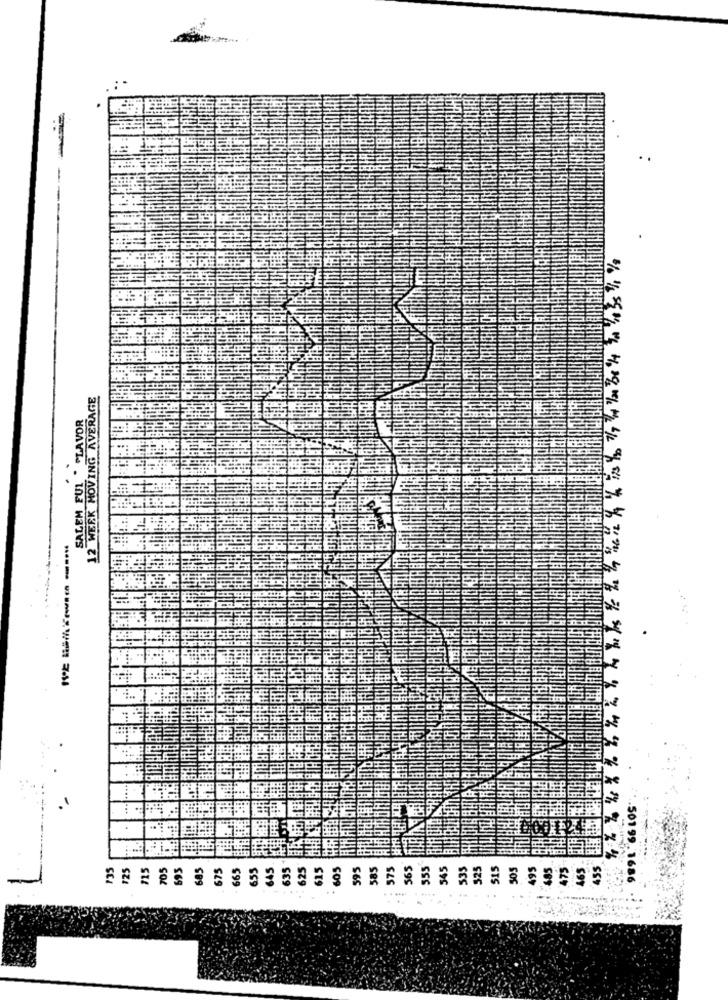
12 WEEK MOVING AVERAGE
SALEM FUL . FLAVOR
695
685
SC
SS
.. 50199. 1686
. ..